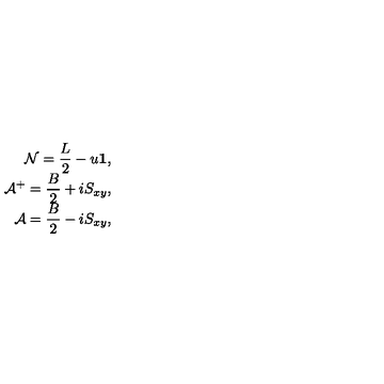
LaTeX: \begin{array} { r l } { \displaystyle { \cal N } = \frac { L } { 2 } - u { \bf 1 } , } \\ { \displaystyle { \cal A } ^ { + } = \frac { B } { 2 } + i S _ { x y } , } \\ { \displaystyle { \cal A } = \frac { B } { 2 } - i S _ { x y } , } \\ \end{array}